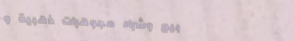
بيع وشراء مجوهرات ذهبية و